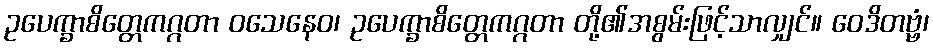
ဥပေက္ခာစိတ္တေကဂ္ဂတာ ဝသေနေဝ၊ ဥပေက္ခာစိတ္တေကဂ္ဂတာ တို့၏အစွမ်းဖြင့်သာလျှင်။ ဝေဒိတဗ္ဗံ၊